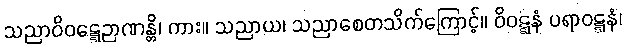
သညာဝိဝဋ္ဋေဉာဏန္တိ၊ ကား။ သညာယ၊ သညာစေတသိက်ကြောင့်။ ဝိဝဋ္ဋနံ ပရာဝဋ္ဋနံ၊